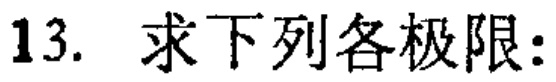
13. 求下列各极限: